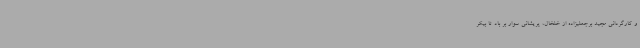
و کارگردانی مجید برجعلیزاده از خلخال، پریشانی سوار بر باد تا بیکر